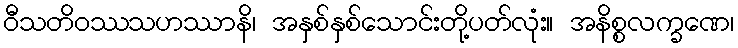
ဝီသတိဝဿသဟဿာနိ၊ အနှစ်နှစ်သောင်းတို့ပတ်လုံး။ အနိစ္စလက္ခဏေ၊